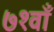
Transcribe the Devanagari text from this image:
७१वाँ